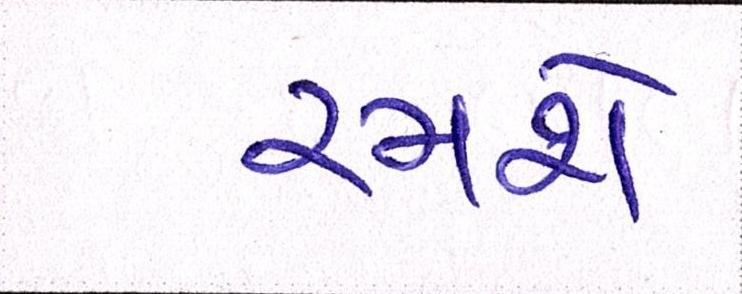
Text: રમશે